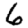
Digit: 6